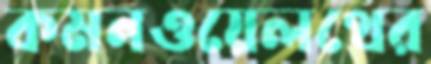
কমনওয়েলথের